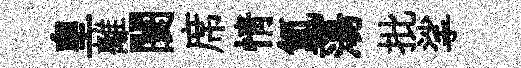
皇離闤席情氲蕩批挲